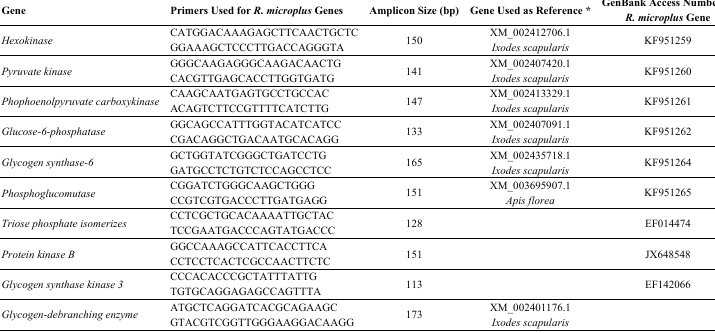
<table><thead><tr><td><b>Gene</b></td><td><b>Primers Used for <i>R. microplus</i> Genes</b></td><td><b>Amplicon Size (bp)</b></td><td><b>Gene Used as Reference *</b></td><td><b>GenBank Access Number of <i>R. microplus</i> Gene</b></td></tr></thead><tbody><tr><td><i>Hexokinase</i></td><td>CATGGACAAAGAGCTTCAACTGCTCGGAAAGCTCCCTTGACCAGGGTA</td><td>150</td><td>XM_002412706.1 <i>Ixodes scapularis</i></td><td>KF951259</td></tr><tr><td><i>Pyruvate kinase</i></td><td>GGGCAAGAGGGCAAGACAACTGCACGTTGAGCACCTTGGTGATG</td><td>141</td><td>XM_002407420.1 <i>Ixodes scapularis</i></td><td>KF951260</td></tr><tr><td><i>Phophoenolpyruvate carboxykinase</i></td><td>CAAGCAATGAGTGCCTGCCACACAGTCTTCCGTTTTCATCTTG</td><td>147</td><td>XM_002413329.1 <i>Ixodes scapularis</i></td><td>KF951261</td></tr><tr><td><i>Glucose-6-phosphatase</i></td><td>GGCAGCCATTTGGTACATCATCCCGACAGGCTGACAATGCACAGG</td><td>133</td><td>XM_002407091.1 <i>Ixodes scapularis</i></td><td>KF951262</td></tr><tr><td><i>Glycogen synthase-6</i></td><td>GCTGGTATCGGGCTGATCCTGGATGCCTCTGTCTCCAGCCTCC</td><td>165</td><td>XM_002435718.1 <i>Ixodes scapularis</i></td><td>KF951264</td></tr><tr><td><i>Phosphoglucomutase</i></td><td>CGGATCTGGGCAAGCTGGGCCGTCGTGACCCTTGATGAGG</td><td>151</td><td>XM_003695907.1 <i>Apis florea</i></td><td>KF951265</td></tr><tr><td><i>Triose phosphate isomerizes</i></td><td>CCTCGCTGCACAAAATTGCTACTCCGAATGACCCAGTATGACCC</td><td>128</td><td></td><td>EF014474</td></tr><tr><td><i>Protein kinase B</i></td><td>GGCCAAAGCCATTCACCTTCACCTCCTCACTCGCCAACTTCTC</td><td>151</td><td></td><td>JX648548</td></tr><tr><td><i>Glycogen synthase kinase 3</i></td><td>CCCACACCCGCTATTTATTGTGTGCAGGAGAGCCAGTTTA</td><td>113</td><td></td><td>EF142066</td></tr><tr><td><i>Glycogen-debranching enzyme</i></td><td>ATGCTCAGGATCACGCAGAAGCGTACGTCGGTTGGGAAGGACAAGG</td><td>173</td><td>XM_002401176.1 <i>Ixodes scapularis</i></td><td></td></tr></tbody></table>